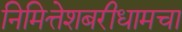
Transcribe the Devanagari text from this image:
निमित्तेशबरीधामचा